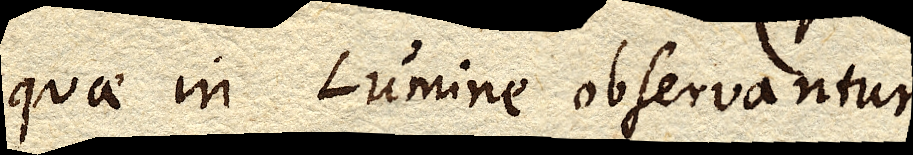
quae in Lumine observantur